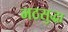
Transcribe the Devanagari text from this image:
मठसुद्धा